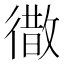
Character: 𭜁